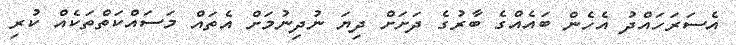
އެސަރަހައްދު އެހެން ބައެއްގެ ބާރުގެ ދަށަށް ދިޔަ ނުދިނުމަށް އެތައް މަސައްކަތްތަކެއް ކުރި